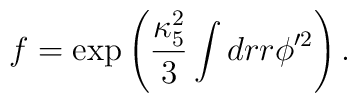
f=\exp\left(\frac{\kappa_5^2}{3}\int dr r\phi'^2\right).